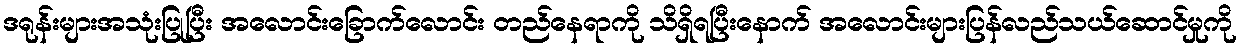
ဒရုန်းများအသုံးပြုပြီး အလောင်းခြောက်လောင်း တည်နေရာကို သိရှိရပြီးနောက် အလောင်းများပြန်လည်သယ်ဆောင်မှုကို